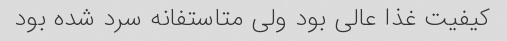
کیفیت غذا عالی بود ولی متاستفانه سرد شده بود